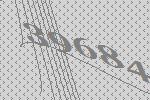
39684